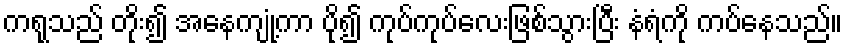
ကရုသည် တိုး၍ အနေကျုံ့ကာ ပို၍ ကုပ်ကုပ်လေးဖြစ်သွားပြီး နံရံကို ကပ်နေသည်။